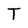
Character: T